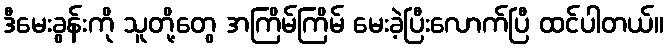
ဒီမေးခွန်းကို သူတို့တွေ အကြိမ်ကြိမ် မေးခဲ့ပြီးလောက်ပြီ ထင်ပါတယ်။